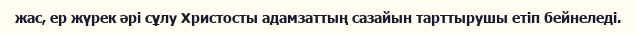
жас, ер жүрек әрі сұлу Христосты адамзаттың сазайын тарттырушы етіп бейнеледі.